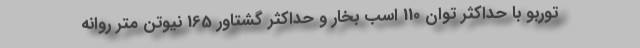
توربو با حداکثر توان 110 اسب بخار و حداکثر گشتاور 165 نیوتن متر روانه